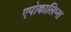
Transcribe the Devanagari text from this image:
एपोकालिप्स